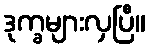
ဒုက္ခများလှပြီ။